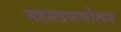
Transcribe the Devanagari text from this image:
महालासमोरून